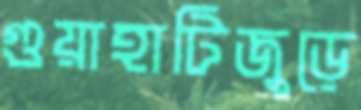
গুয়াহাটিজুড়ে